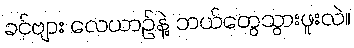
ခင်ဗျား လေယာဉ်နဲ့ ဘယ်တွေသွားဖူးလဲ။